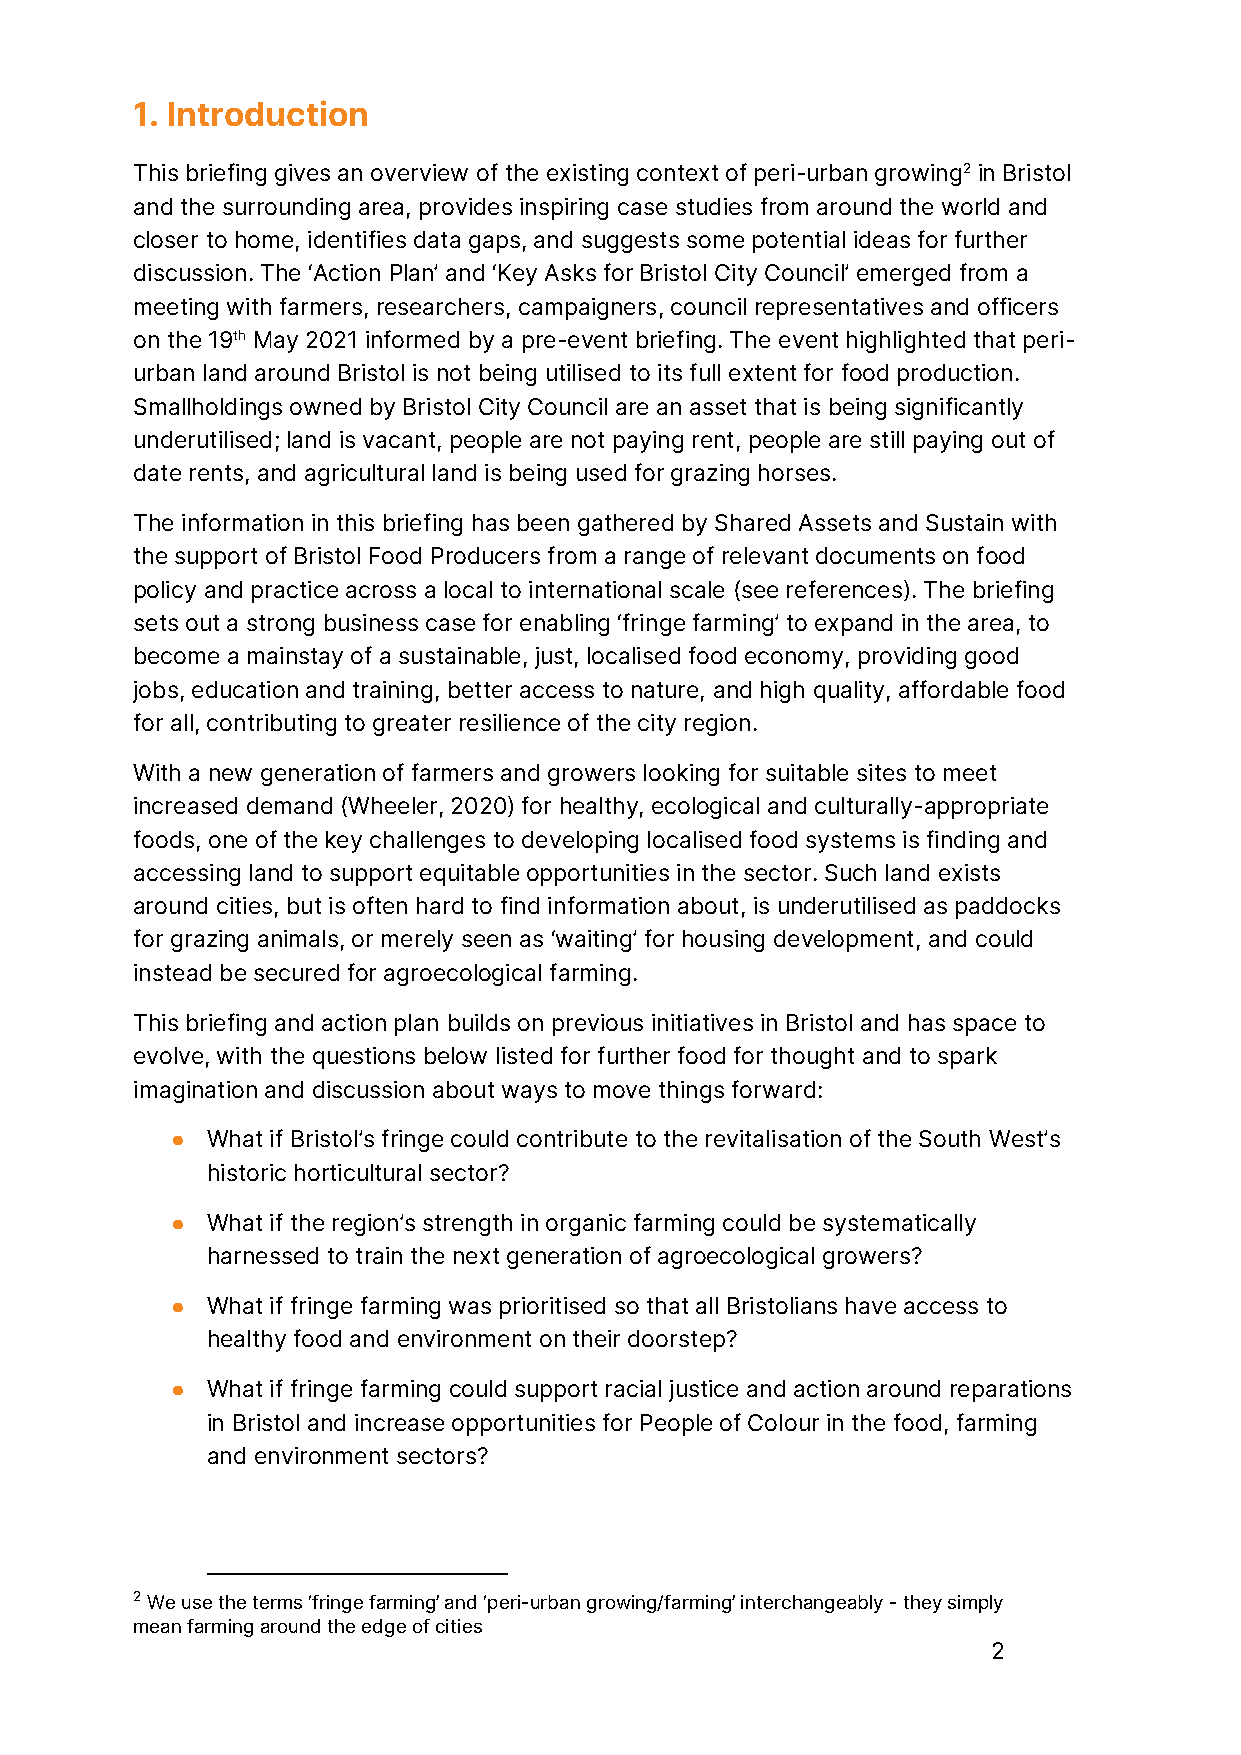
1. Introduction
 This briefing gives an overview of the existing context of peri-urban growing2 in Bristol
 and the surrounding area, provides inspiring case studies from around the world and
 closer to home, identifies data gaps, and suggests some potential ideas for further
 discussion. The ‘Action Plan’ and ‘Key Asks for Bristol City Council’ emerged from a
 meeting with farmers, researchers, campaigners, council representatives and officers
 on the 19th May 2021 informed by a pre-event briefing. The event highlighted that peri-
 urban land around Bristol is not being utilised to its full extent for food production.
 Smallholdings owned by Bristol City Council are an asset that is being significantly
 underutilised; land is vacant, people are not paying rent, people are still paying out of
 date rents, and agricultural land is being used for grazing horses.
 The information in this briefing has been gathered by Shared Assets and Sustain with
 the support of Bristol Food Producers from a range of relevant documents on food
 policy and practice across a local to international scale (see references). The briefing
 sets out a strong business case for enabling ‘fringe farming’ to expand in the area, to
 become a mainstay of a sustainable, just, localised food economy, providing good
 jobs, education and training, better access to nature, and high quality, affordable food
 for all, contributing to greater resilience of the city region.
 With a new generation of farmers and growers looking for suitable sites to meet
 increased demand (Wheeler, 2020) for healthy, ecological and culturally-appropriate
 foods, one of the key challenges to developing localised food systems is finding and
 accessing land to support equitable opportunities in the sector. Such land exists
 around cities, but is often hard to find information about, is underutilised as paddocks
 for grazing animals, or merely seen as ‘waiting’ for housing development, and could
 instead be secured for agroecological farming.
 This briefing and action plan builds on previous initiatives in Bristol and has space to
 evolve, with the questions below listed for further food for thought and to spark
 imagination and discussion about ways to move things forward:
 ●  What if Bristol’s fringe could contribute to the revitalisation of the South West’s
 historic horticultural sector?
 ●  What if the region’s strength in organic farming could be systematically
 harnessed to train the next generation of agroecological growers?
 ●  What if fringe farming was prioritised so that all Bristolians have access to
 healthy food and environment on their doorstep?
 ●  What if fringe farming could support racial justice and action around reparations
 in Bristol and increase opportunities for People of Colour in the food, farming
 and environment sectors?
 2 We use the terms ‘fringe farming’ and ‘peri-urban growing/farming’ interchangeably - they simply
 mean farming around the edge of cities
 2